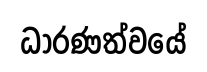
ධාරණත්වයේ